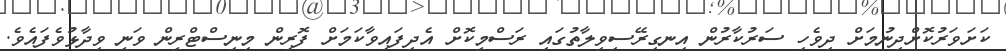
ކަށަވަރުކޮށްދިނުމަށް ދިވެހި ސަރުކާރުން އިނގިރޭސިވިލާތުގައި ރަސްމީކޮށް އެދިފައިވާކަމަށް ފޮރިން މިނިސްޓްރީން ވަނީ ވިދާޅުވެފައެވެ.